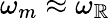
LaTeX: \omega_{m}\approx\omega_{\mathbb{R}}